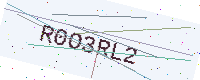
Text: R0O3RL2